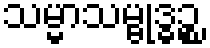
သမ္မာသမ္ဗုဒ္ဓဉ္စ